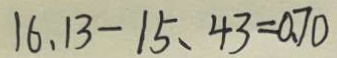
1 6 . 1 3 - 1 5 . 4 3 = 0 . 7 0